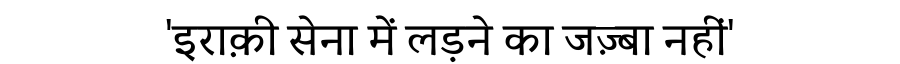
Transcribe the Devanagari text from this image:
'इराक़ी सेना में लड़ने का जज़्बा नहीं'